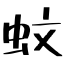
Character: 蚊